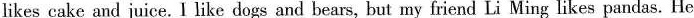
likes cake and juice. I like dogs and bears, but my friend Li Ming likes pandas. He